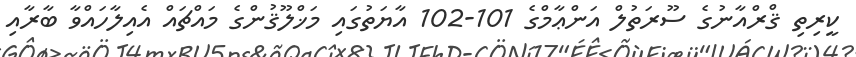
ކީރިތި ޤްރްއާނުގެ ސޫރަތުލް އަންޢާމްގެ 101-102 އާޔަތުގައި މަޚްލޫޤުންގެ މައްޗައް އެއިލާހައްވާ ބާރާއި